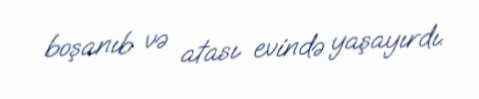
boşanıb və atası evində yaşayırdı.